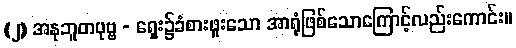
(၂) အနုဘူတပုဗ္ဗ - ရှေး၌ခံစားဖူးသော အာရုံဖြစ်သောကြောင့်လည်းကောင်း။